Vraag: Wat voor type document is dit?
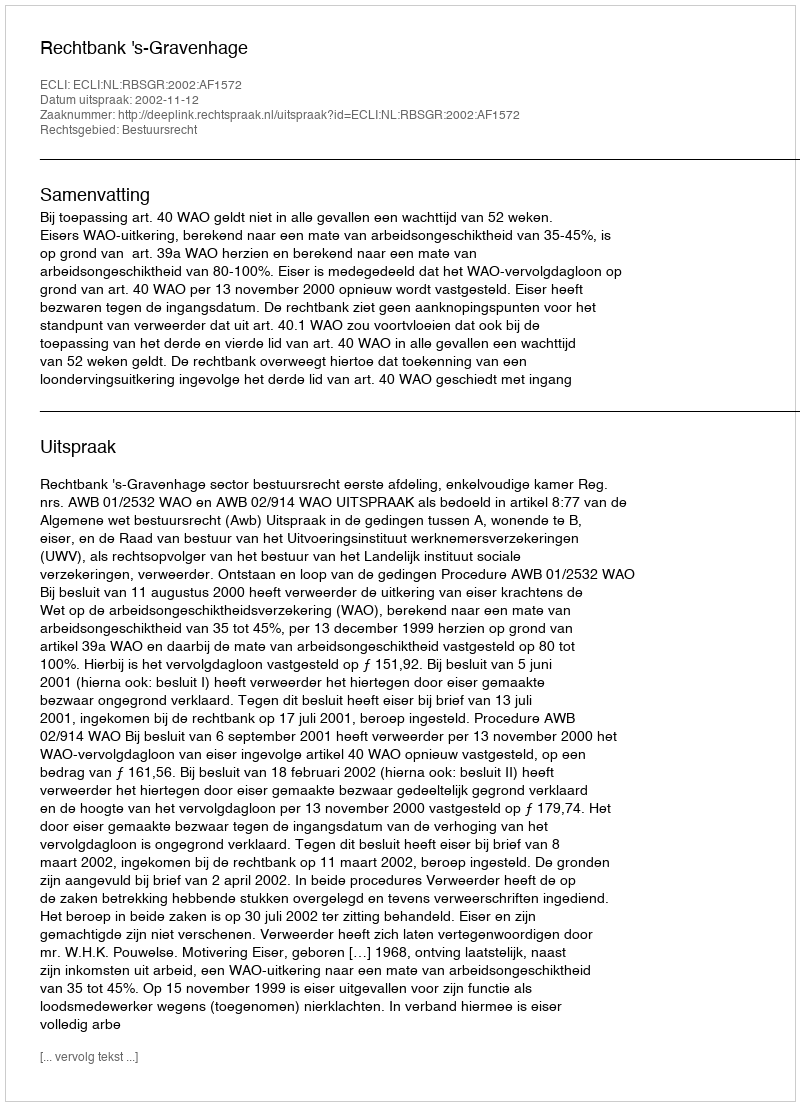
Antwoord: Uitspraak